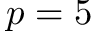
p = 5